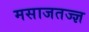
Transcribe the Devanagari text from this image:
मसाजतज्ज्ञ